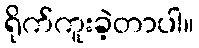
ရိုက်ကူးခဲ့တာပါ။